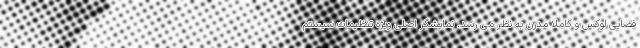
فضایی لوکس و کاملا مدرن به نظر می رسد. نمایشگر اصلی ویژه تنظیمات سیستم